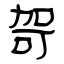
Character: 哿